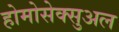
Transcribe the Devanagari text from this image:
होमोसेक्सुअल